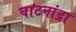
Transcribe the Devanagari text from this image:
घाटनांद्रा